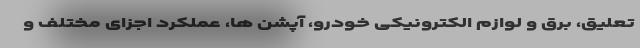
تعلیق، برق و لوازم الکترونیکی خودرو، آپشن ها، عملکرد اجزای مختلف و